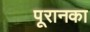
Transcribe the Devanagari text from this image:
पूरानका